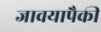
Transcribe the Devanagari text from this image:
जावयापैकी